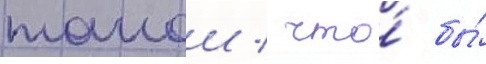
такои / что́ бы́